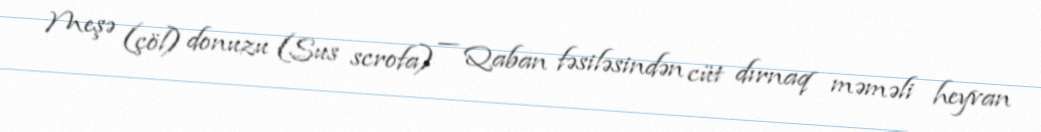
Meşə (çöl) donuzu (Sus scrofa) — Qaban fəsiləsindən cüt dırnaq məməli heyvan